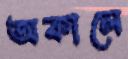
অকালে